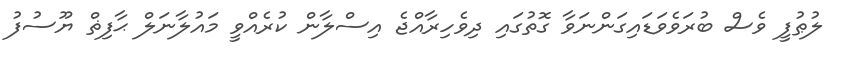
ލުޠުފީ ވެސް ބުރަވެވަޑައިގަންނަވާ ގޮތުގައި ދިވެހިރާއްޖެ އިސްލާން ކުރެއްވީ މައުލާނަލް ޙާފިޡް ޔޫސުފު